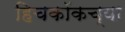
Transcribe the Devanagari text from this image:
हिचकॉकच्या